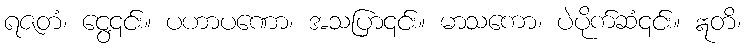
ရဇတံ၊ ငွေ့၎င်း။ ပဟာပဏော၊ အသပြာ၎င်း။ မာသကော၊ ပဲပိုက်ဆံ၎င်း။ ဣတိ၊